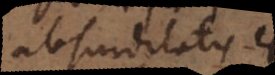
absurditatis est